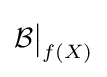
{\mathcal {B}}{\big \vert }_{f(X)}